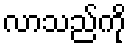
လာသည်ကို